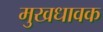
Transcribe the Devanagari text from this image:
मुखधावक